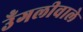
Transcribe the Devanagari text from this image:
उँगलीवाले